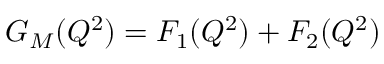
G _ { M } ( Q ^ { 2 } ) = F _ { 1 } ( Q ^ { 2 } ) + F _ { 2 } ( Q ^ { 2 } )